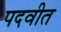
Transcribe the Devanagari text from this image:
पदवीत